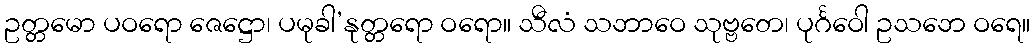
ဥတ္တမော ပဝရော ဇေဋ္ဌော၊ ပမုခါ’နုတ္တရော ဝရော။ သီလံ သဘာဝေ သုဗ္ဗတေ၊ ပုင်္ဂဝေါ ဥသဘေ ဝရေ။